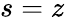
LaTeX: s=z